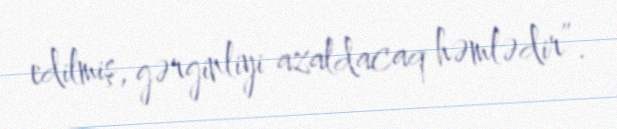
edilmiş, gərginliyi azaldacaq həmlədir”.